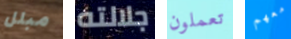
مبلل جلالته تعملون معهم